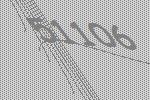
51106